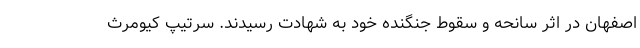
اصفهان در اثر سانحه و سقوط جنگنده خود به شهادت رسیدند. سرتیپ کیومرث